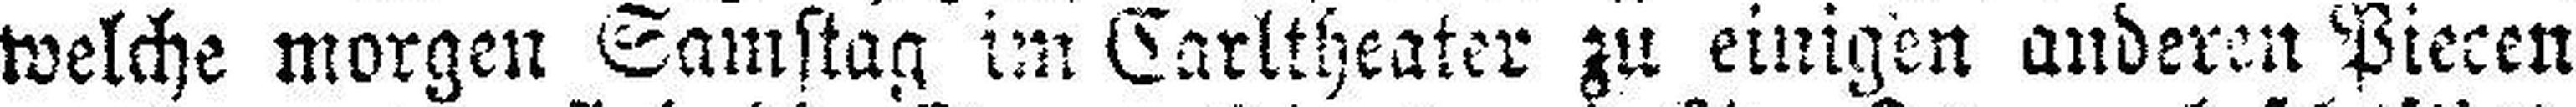
welche morgen Samstag im Carltheater zu einigen anderen Piecen